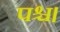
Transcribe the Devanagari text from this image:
पश्च।